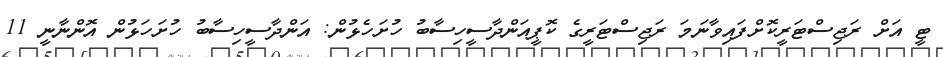
ޓީ އަށް ރަޖިސްޓަރީކޮށްފައިވާނަމަ ރަޖިސްޓަރީގެ ކޮޕީއަންދާސީހިސާބު ހުށަހެޅުން: އަންދާސީހިސާބު ހުށަހަޅުން އޮންނާނީ 11